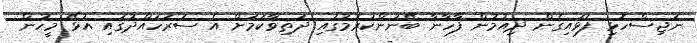
ނަޖިސްހޮޅި ފަޅައިގެން ދިއުމުން ފާހާނާ ބޭނުންކުރުމުގައި ދަތިވާކަމަށް އެ ސަރަހައްދުގައި އުޅޭ މީހުން